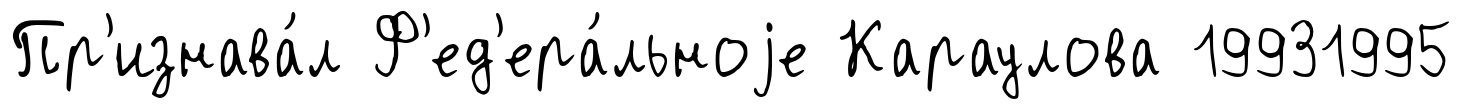
Пр'изнава́л Ф'ед'ера́льноjе Караулова 19931995